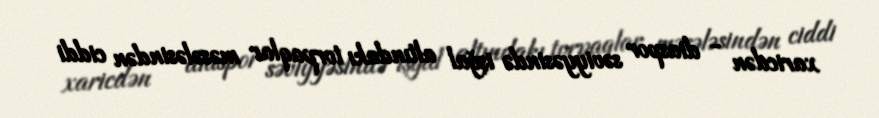
xaricdən - diaspor səviyyəsində işğal altındakı torpaqlar məsələsindən ciddi